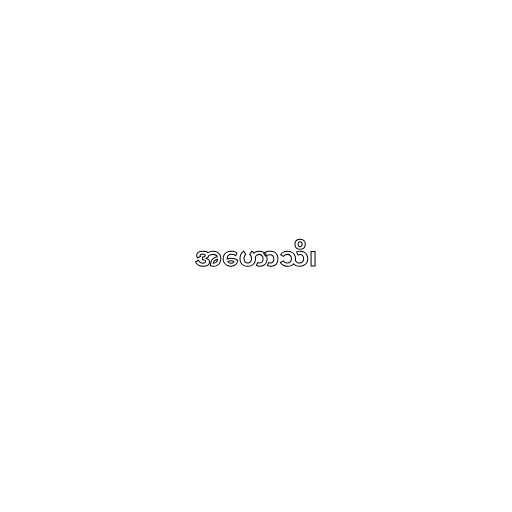
အဟောသိ၊